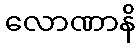
လောဏာနိ